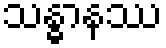
သန္ဓာနဿ